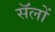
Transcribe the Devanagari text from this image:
सॅलों